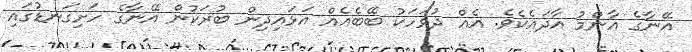
އޭނާގެ އާންމު އާދައެކެވެ. އެއް ދުވަހަކު ބޭބެއެއް އަޅައިދިން ބުރަކުން އޭނާގެ ހަށިގަނޑުގައި